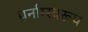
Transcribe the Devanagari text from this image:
पर्नाम्स्वरूप